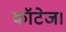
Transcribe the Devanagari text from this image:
कॉटेज।